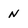
Character: n